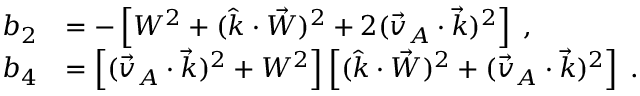
\begin{array} { r l } { b _ { 2 } } & { = - \left[ W ^ { 2 } + ( \hat { k } \cdot \vec { W } ) ^ { 2 } + 2 ( \vec { v } _ { A } \cdot \vec { k } ) ^ { 2 } \right] \; , } \\ { b _ { 4 } } & { = \left[ ( \vec { v } _ { A } \cdot \vec { k } ) ^ { 2 } + W ^ { 2 } \right] \left[ ( \hat { k } \cdot \vec { W } ) ^ { 2 } + ( \vec { v } _ { A } \cdot \vec { k } ) ^ { 2 } \right] \; . } \end{array}